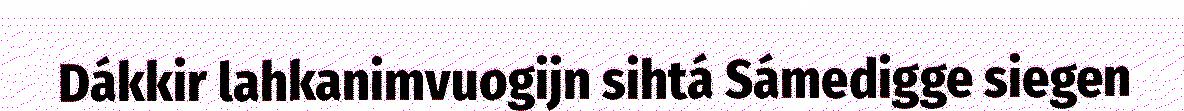
Dákkir lahkanimvuogijn sihtá Sámedigge siegen